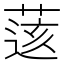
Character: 𦷷